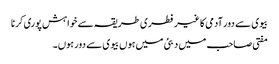
بیوی سے دور آدمی کا غیر فطری طریقہ سے خواہش پوری کرنا
مفتی صاحب میں دبئی میں ہوں بیوی سے دور ہوں۔